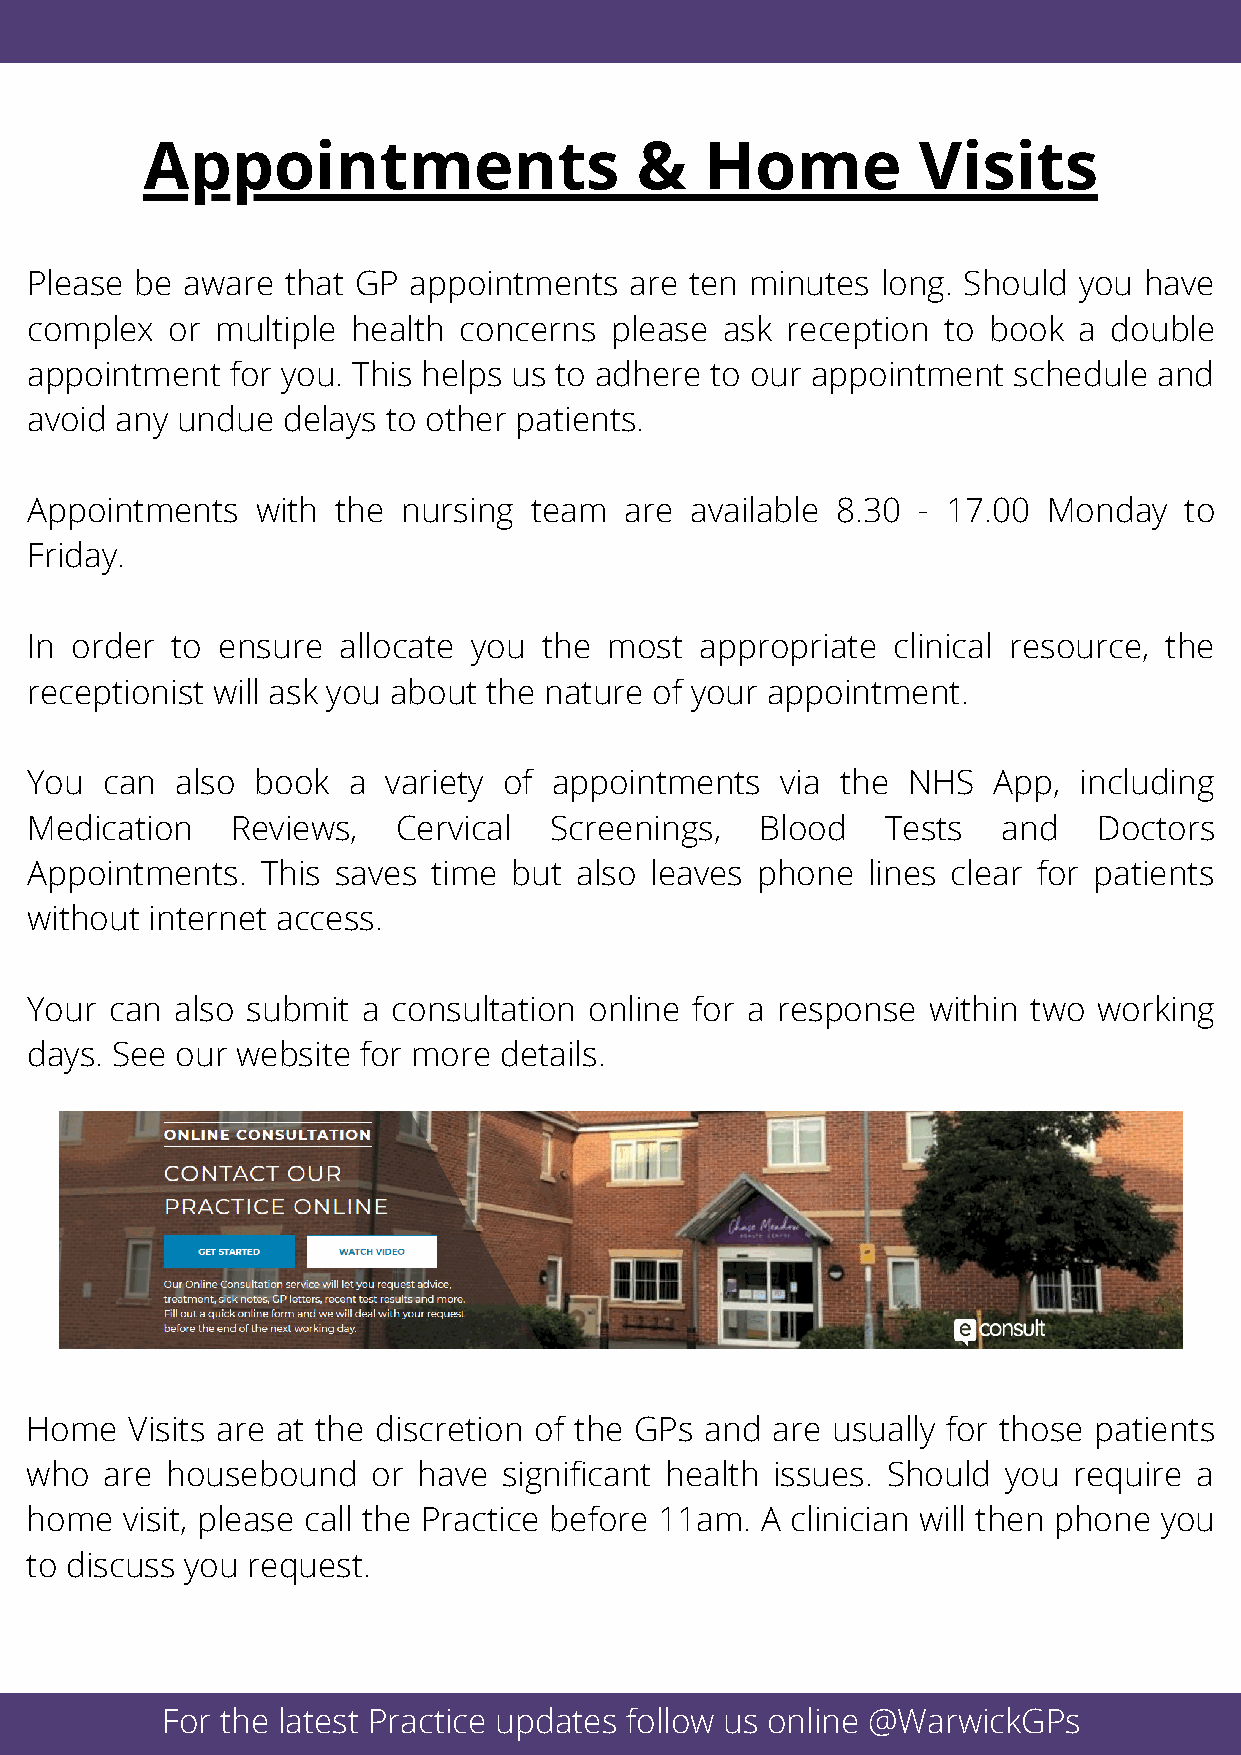
Appointments                     &    Home          Visits
 Please be aware  that GP appointments   are ten minutes long. Should you  have
 complex  or multiple health concerns  please  ask reception to book  a double
 appointment  for you. This helps us to adhere to our appointment schedule  and
 avoid any undue  delays to other patients.
 Appointments   with the  nursing team  are  available 8.30 - 17.00 Monday   to
 Friday.
 In order to ensure  allocate you  the most  appropriate  clinical resource, the
 receptionist will ask you about the nature of your appointment.
 You  can  also book  a  variety of appointments   via the NHS   App, including
 Medication   Reviews,   Cervical  Screenings,   Blood    Tests  and    Doctors
 Appointments.  This saves  time but also leaves phone  lines clear for patients
 without internet access.
 Your can  also submit a consultation online for a response within two  working
 days. See our website for more details.
 Home   Visits are at the discretion of the GPs and are usually for those patients
 who  are housebound    or have significant health issues. Should you require a
 home  visit, please call the Practice before 11am. A clinician will then phone you
 to discuss you request.
 For the latest Practice updates follow us online @WarwickGPs